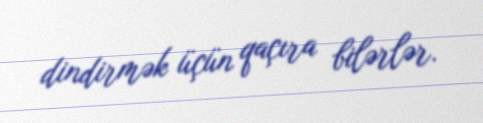
dindirmək üçün qaçıra bilərlər.